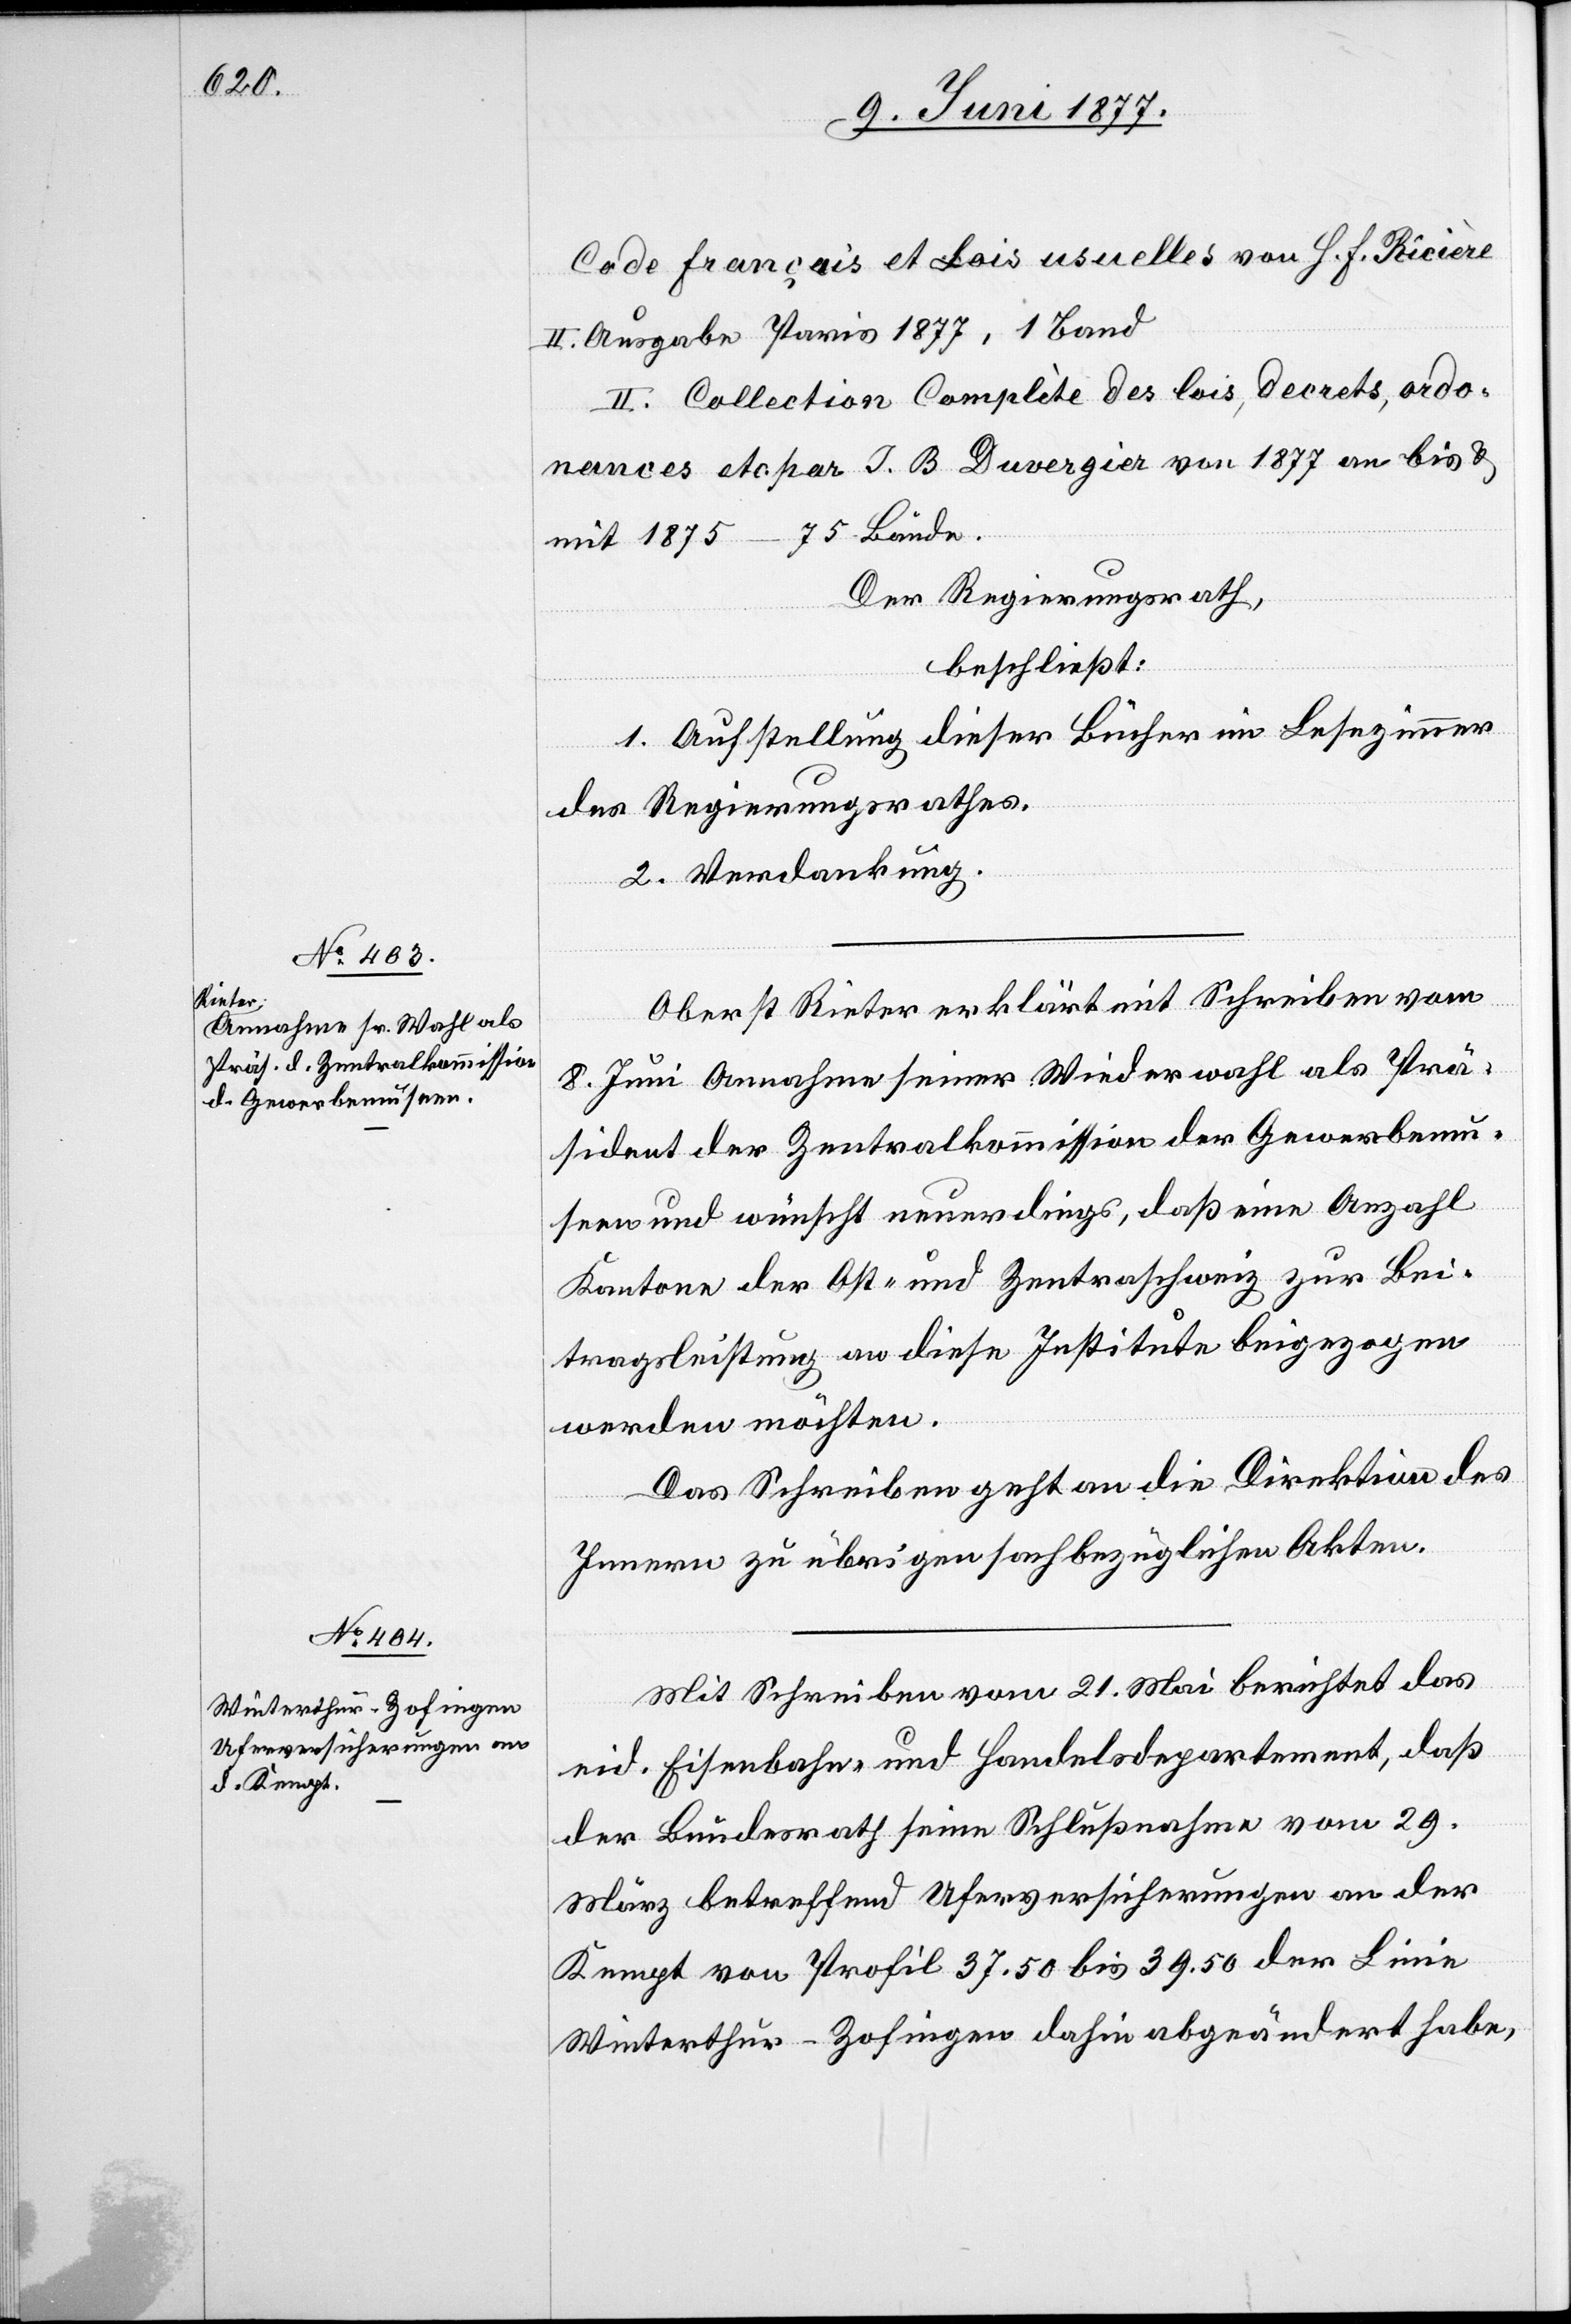
Code français et Lois usuelles von H. F. Ricière
II. Ausgabe Paris 1877, 1 Band[.]
II. Collection Somlète des lois, decrets, ardo¬
nances etc. par J. B. Duvergier von 1877 an bis &
mit 1875 – 75 Bände.
Der Regierungsrath,
beschließt:
1. Aufstellung dieser Bücher im Lesezimmer
des Regierungsrathes.
2. Verdankung.
Oberst Rieter erklärt mit Schreiben vom
8. Juni Annahme seiner Wiederwahl als Prä¬
sident der Zentralkommission der Gewerbemu¬
seen und wünscht neuerdings, daß eine Anzahl
Kantone der Ost- und Zentralschweiz zur Bei¬
tragsleistung an diese Institute beigezogen
werden möchten.
Das Schreiben geht an die Direktion des
Innern zu übrigen sachbezüglichen Akten.
Mit Schreiben vom 21. Mai berichtet das
eid. Eisenbahn- und Handelsdepartement, daß
der Bundesrath seine Schlußnahme vom 29.
März betreffend Uferversicherungen an der
Kempt vom Profil 37.50 bis 39.50 der Linie
Winterthur–Zofingen dahin abgeändert habe,